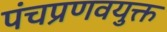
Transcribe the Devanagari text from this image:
पंचप्रणवयुक्त